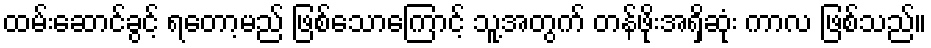
ထမ်းဆောင်ခွင့် ရတော့မည် ဖြစ်သောကြောင့် သူ့အတွက် တန်ဖိုးအရှိဆုံး ကာလ ဖြစ်သည်။